Indian journal of veterinary science and animal husbandry - Volumes 24-25, 1954-1955
Year: 1954
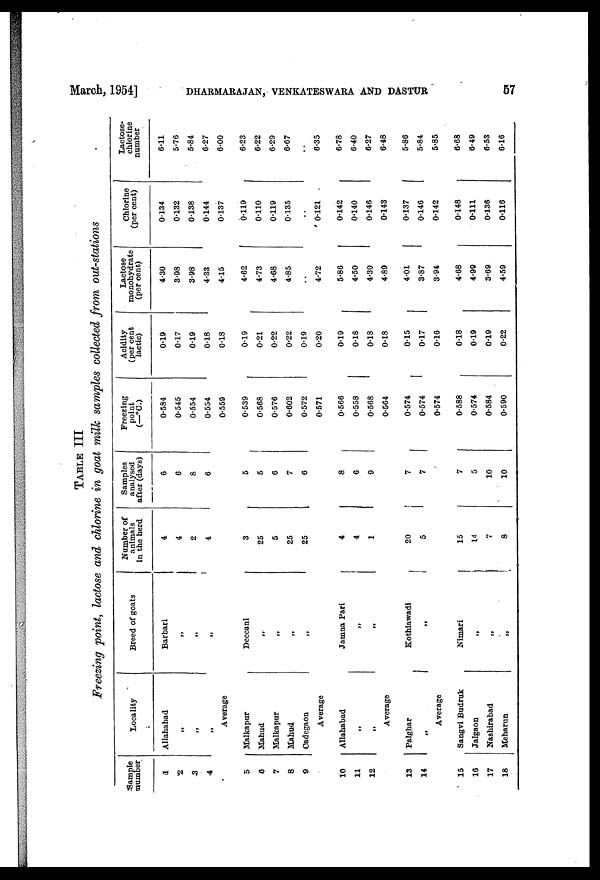
March, 1954] DHARMARAJAN, VENKATESWARA AND DASTUR 57
TABLE III
Freezing 'point, lactose and chlorine in goat milk samples collected from out-stations
Sample
number
1
2
3
4
5
6
7
8
9
10
11
12
13
14
15
16
17
18
Locality
Allahabad
„
„
„
Average
Malkapur
Mahud
Malkapur
Mahud
Cadegaon
Average
Allahabad
„
„
Average
Palghar
„
Average
Sangvi Budruk
Jalgaon
Nashirabad
Meharun
Breed of goats
Barbari
„
„
„
Deccani
„
„
„
„
Jamna Pari
„
„
Kothiawadi
„
Nimari
„
„
„
Number of
animals
in the herd
4
4
2
4
3
25
5
25
25
4
4
1
20
5
15
14
7
8
Samples
analysed
after (days)
6
6
8
6
5
5
6
7
6
8
6
9
7
7
7
5
10
10
Freezing
point
(—°C.)
0.584
0.545
0.554
0.554
0.559
0.539
0.568
0.576
0.602
0.572
0.571
0.566
0.558
0.568
0.564
0.574
0.574
0.574
0.588
0.574
0.584
0.590
Acidity
(per cent
lactic)
0.19
0.17
0.19
0.18
0.18
0.19
0.21
0.22
0.22
0.19
0.20
0.19
0.18
0.18
0.18
0.15
0.17
0.16
0.18
0.19
0.19
0.22
Lactose
monohydrate
(per cent)
4.30
3.98
3.98
4.33
4.15
4.62
4.73
4.68
4.85
..
4.72
5.86
4.50
4.30
4.89
4.01
3.87
3.94
4.68
4.99
3.69
4.59
Chlorine
(per cent)
0.134
0.132
0.138
0.144
0.137
0.119
0.110
0.119
0.135
..
0.121
0.142
0.140
0.146
0.143
0.137
0.146
0.142
0.148
0.111
0.136
0.116
Lactose.
chlorine
number
6.11
5.76
5.84
6.27
6.00
6.23
6.22
6.29
6.67
..
6.35
6.78
6.40
6.27
6.48
5.86
5.84
5.85
6.68
6.49
6.53
6.16